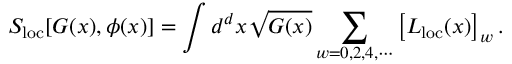
S _ { \mathrm { l o c } } [ G ( x ) , \phi ( x ) ] = \int d ^ { d } x \sqrt { G ( x ) } \sum _ { w = 0 , 2 , 4 , \cdots } \left[ { \cal L } _ { \mathrm { l o c } } ( x ) \right] _ { w } .